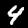
Digit: 4